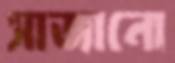
সাজানো